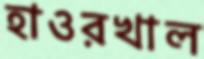
হাওরখাল